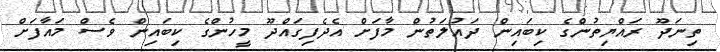
ތިނަދޫ ރައްޔިތުންގެ ކިބައިން ދައުލަތުން މާފަށް އެދެފިގައްދޫ މީހުންގެ ކިބައިން ވެސް މައާފަށް